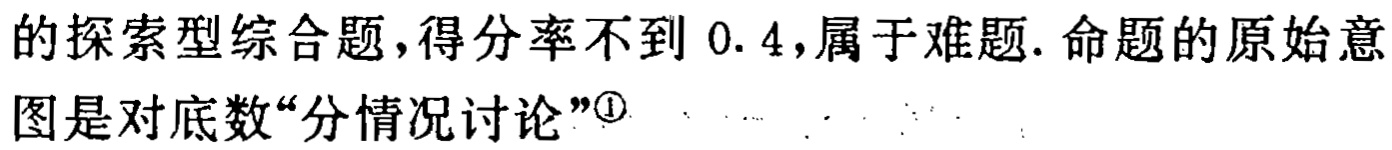
的探索型综合题,得分率不到 0.4,属于难题. 命题的原始意图是对底数“分情况讨论”\textsuperscript{\textcircled{1}}